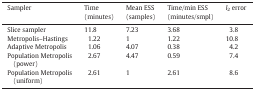
<table><thead><tr><td><b>Sampler</b></td><td><b>Time(minutes)</b></td><td><b>Mean ESS(samples)</b></td><td><b>Time/min ESS(minutes/smpl)</b></td><td><b><i>l</i><sub>2</sub> error</b></td></tr></thead><tbody><tr><td>Slice sampler</td><td>11.8</td><td>7.23</td><td>3.68</td><td>3.8</td></tr><tr><td>Metropolis–Hastings</td><td>1.22</td><td>1</td><td>1.22</td><td>10.8</td></tr><tr><td>Adaptive Metropolis</td><td>1.06</td><td>4.07</td><td>0.38</td><td>4.2</td></tr><tr><td>Population Metropolis (power)</td><td>2.67</td><td>4.47</td><td>0.59</td><td>7.4</td></tr><tr><td>Population Metropolis (uniform)</td><td>2.61</td><td>1</td><td>2.61</td><td>8.6</td></tr></tbody></table>